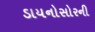
ડાયનોસોરની